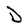
Character: D